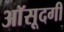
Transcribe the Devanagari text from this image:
आॅसूदगी